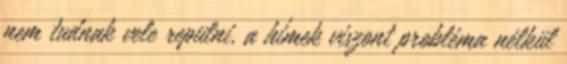
nem tudnak vele repülni, a hímek viszont probléma nélkül